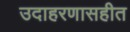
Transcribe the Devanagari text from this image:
उदाहरणासहीत